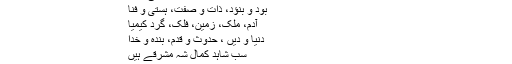
اب مرزا صاحب کا استفادہ ملاحظہ ہو
نقاش، نقش، کاتب و خط، بانی و بنا
بود و بنؤد، ذات و صفت، ہستی و فنا
آدم، ملک، زمین، فلک، گرد کیمیا
دنیا و دیں ، حدوث و قدم، بندہ و خدا
سب شاہد کمال شہ مشرقے ہیں
جب تک خدا کا ملک ہے مالک حسین ؑ ہیں
اس بند میں صرف صنعت جمع ہی نہیں ہے صنعت تضاد بھی ہے۔